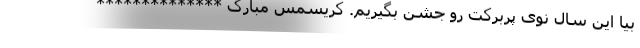
بیا این سال نوی پربرکت رو جشن بگیریم. کریسمس مبارک **************